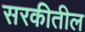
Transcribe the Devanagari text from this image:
सरकीतील